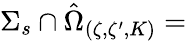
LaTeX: {\Sigma_{s}}\cap\hat{\Omega}_{\left(\zeta,\zeta^{\prime},K\right)}=